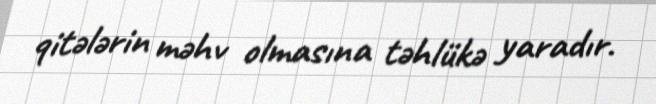
qitələrin məhv olmasına təhlükə yaradır.